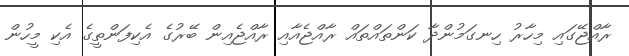
ރާއްޖޭގައި މިހާރު ހިނގަމުންދާ ކަންތައްތައް ރާއްޖެއާއި ރާއްޖެއިން ބޭރުގެ އެކިފަންތީގެ އެކި މީހުން